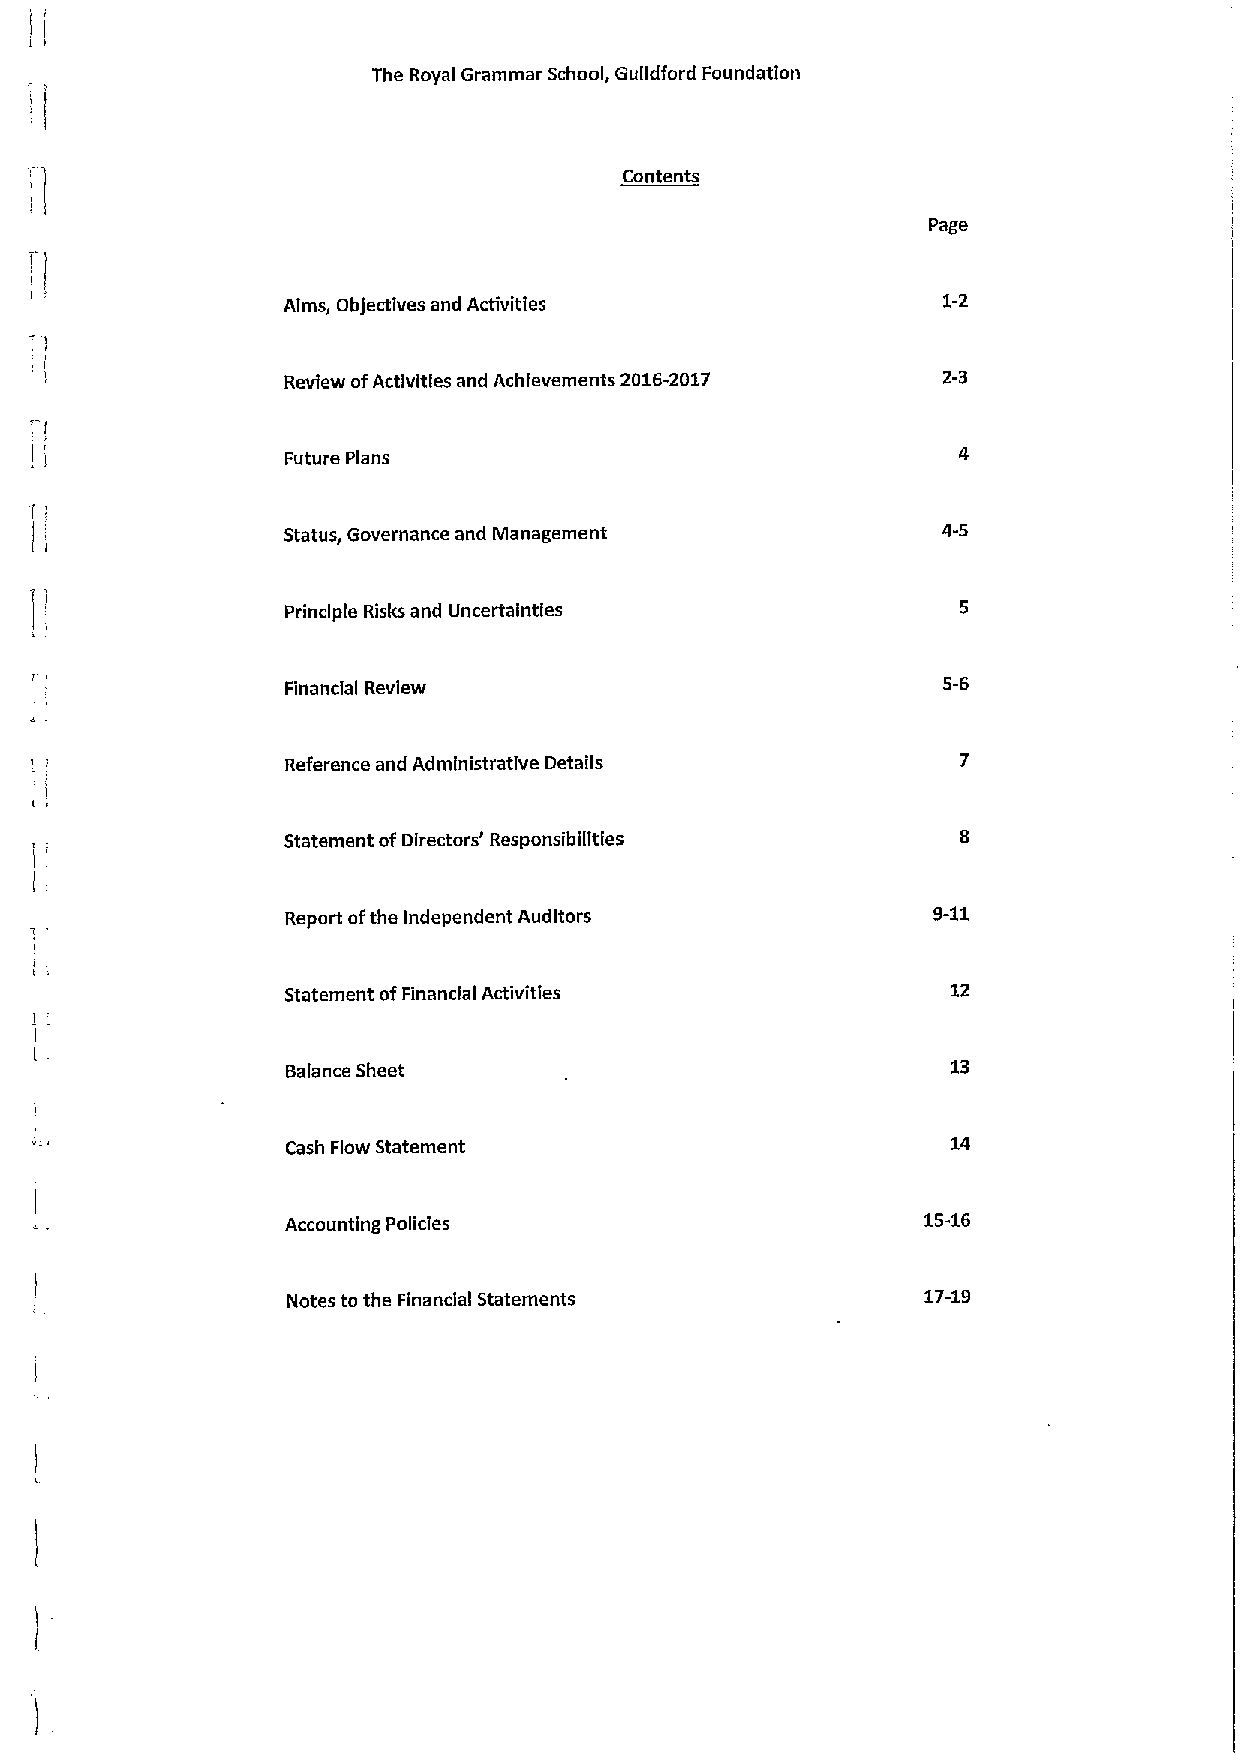
The Royal Grammar School, Gulldford Foundation
 Contents
 Page
 Aims, Objectives and Activities            1-2
 Review ofActivities and Achievements 2016-2017 2-3
 Future Plans
 Status, Governance and Management          4-5
 Principle Risks and Uncertainties
 Financial Review
 Reference and Administrative Details
 Statement ofDirectors' Responsibilities
 Report ofthe Independent Auditors          9-11
 Statement ofFinancial Activities            12
 Balance Sheet                               13
 Cash Flow Statement                         14
 Accounting Policies                       15-16
 Notes to the Financial Statements         17-19